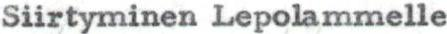
Siirtyminen Lepolammelle